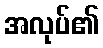
အလုပ်၏